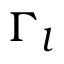
{ \Gamma } _ { l }